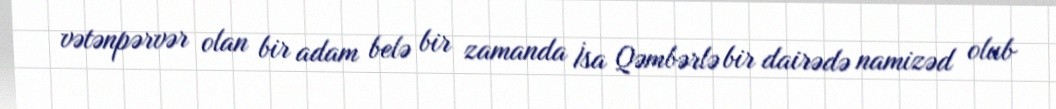
vətənpərvər olan bir adam belə bir zamanda İsa Qəmbərlə bir dairədə namizəd olub